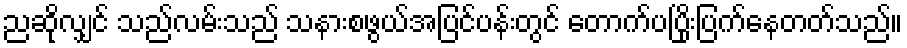
ညဆိုလျှင် သည်လမ်းသည် သနားစဖွယ်အပြင်ပန်းတွင် တောက်ပပြိုးပြက်နေတတ်သည်။